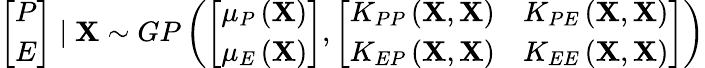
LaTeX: \left[\begin{array}{c}{P}\\ {E}\end{array}\right]\mid\mathbf{X}\sim GP\left(\left[\begin{array}{c}{\mu_{P}\left(\mathbf{X}\right)}\\ {\mu_{E}\left(\mathbf{X}\right)}\end{array}\right],\left[\begin{array}{cc}{K_{PP}\left(\mathbf{X},\mathbf{X}\right)}&{K_{PE}\left(\mathbf{X},\mathbf{X}\right)}\\ {K_{EP}\left(\mathbf{X},\mathbf{X}\right)}&{K_{EE}\left(\mathbf{X},\mathbf{X}\right)}\end{array}\right]\right)